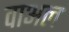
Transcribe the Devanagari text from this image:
वाअल